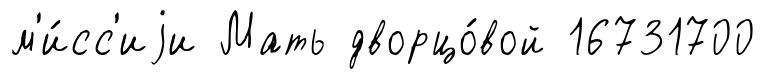
м'и́сс'иjи Мать дворцо́вой 16731700